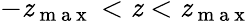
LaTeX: -\mathit{z}_{\mathrm{{~m~a~x~}}}<\mathit{z}<\mathit{z}_{\mathrm{{~m~a~x~}}}